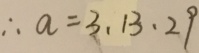
\therefore a = 3 , 1 3 , 2 9